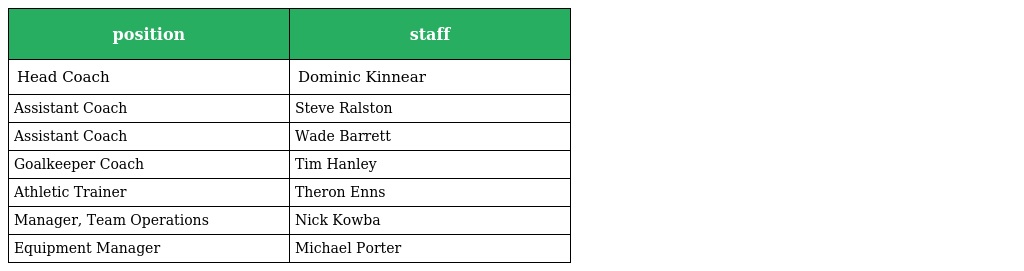
| position | staff |
 | --- | --- |
 | Head Coach | Dominic Kinnear |
 | Assistant Coach | Steve Ralston |
 | Assistant Coach | Wade Barrett |
 | Goalkeeper Coach | Tim Hanley |
 | Athletic Trainer | Theron Enns |
 | Manager, Team Operations | Nick Kowba |
 | Equipment Manager | Michael Porter |